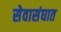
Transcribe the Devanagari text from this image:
सेवासंघात